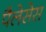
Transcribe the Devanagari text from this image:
पैलेसेस